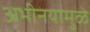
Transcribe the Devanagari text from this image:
अभीनयामुळे